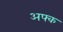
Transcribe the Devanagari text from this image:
अफ्क